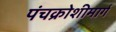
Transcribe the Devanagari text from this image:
पंचक्रोशीमार्ग